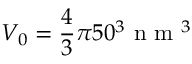
V _ { 0 } = \frac { 4 } { 3 } \pi 5 0 ^ { 3 } \mathrm { ~ n ~ m ~ } ^ { 3 }